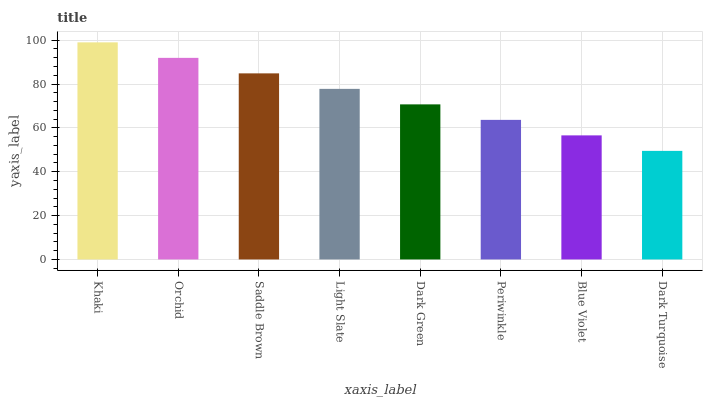
| xaxis_label | bars |
 | --- | --- |
 | Khaki | 99 |
 | Orchid | 91.9 |
 | Saddle Brown | 84.9 |
 | Light Slate | 77.8 |
 | Dark Green | 70.7 |
 | Periwinkle | 63.7 |
 | Blue Violet | 56.6 |
 | Dark Turquoise | 49.5 |